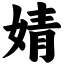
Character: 婧